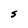
Character: S